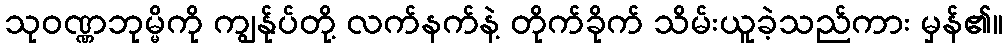
သုဝဏ္ဏဘုမ္မိကို ကျွန်ုပ်တို့ လက်နက်နဲ့ တိုက်ခိုက် သိမ်းယူခဲ့သည်ကား မှန်၏။